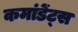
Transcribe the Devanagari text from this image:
कमांडेंट्स